Vaccination North-Western Provinces 1866-1877 - 1866-1877
Year: 1866
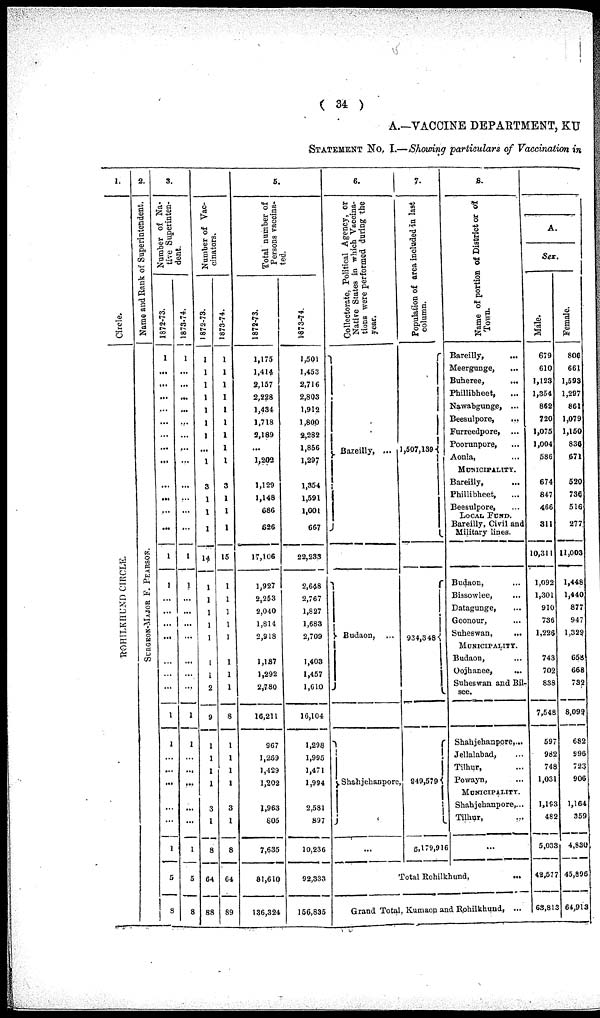
( 34 )
A.—VACCINE DEPARTMENT, KU
STATEMENT No. I.—Showing particulars of Vaccination in
1.
Circle.
ROHILKHUND CIRCLE.
2.
Name and Rank of Superintendent.
SURGEON-MAJOR F. P EARS ON.
8.
Number of Na-
tive Superinten-
dent.
1872-73.
1
...
...
...
...
...
...
...
...
...
...
...
...
1
1
...
...
...
...
...
...
...
1
1
...
...
...
...
...
1
5
8
1873-74.
1
...
...
...
...
...
...
...
...
...
...
...
...
1
1
...
...
...
...
...
...
...
1
1
...
...
...
...
...
1
5
8
Number of Vac-
cinators.
1872-73.
1
1
1
1
1
1
1
...
1
3
1
1
1
14
1
1
1
1
1
1
1
2
9
1
1
1
1
3
1
8
64
88
1873-74.
1
1
1
1
1
1
1
1
1
3
1
1
1
15
1
1
1
1
1
1
1
1
8
1
1
1
1
3
1
8
64
89
5.
Total number of
Persons vaccina-
ted.
1872-73.
1,175
1,414
2,157
2,228
1,434
1,718
2,189
...
1,202
1,129
1,148
686
626
17,106
1,927
2,253
2,040
1,814
2,918
1,187
1,292
2,780
16,211
967
1,269
1,429
1,202
1,963
805
7,635
81,610
136,324
1873-74.
1,501
1,453
2,716
2,803
1,912
1,800
2,282
1,856
1,297
1,354
1,591
1,001
667
22,233
2,648
2,767
1,827
1,683
2,709
1,403
1,457
1,610
16,104
1,298
1,995
1,471
1,994
2,581
897
10,236
92,333
156,835
6.
Collectorate, Political Agency, or
Native States in which Vaccina-
tions were performed during the
year.
Bareilly, ...
Budaon, ...
Shahjehanpore.
...
7.
Population of area included in last
column.
1,507,139
934,348
949,579
6,179,916
8.
Name of portion of District or of
Town.
Bareilly, ...
Meergunge, ...
Buheree, ...
Phillibheet , ...
Nawabgunge, ...
Beesulpore,
...
Furreedpore, ...
Poorunpore, ...
Aonla, ...
Municipality.
Bareilly, ...
Phillibheet, ...
Beesulpore, ...
LOCAL FUND.
Bareilly, Civil and
Military lines.
Budaon, ...
Bissowlee, ...
Datagunge, ...
Goonour, ...
Suheswan, ...
Municipality.
Budaon, ...
Oojhanee,
...
Suheswan and Bil-
see.
Shahjehanpore,...
Jellalabad, ...
Tilhur, ...
Powayn, ...
Municipality.
Shahjehanpore,...
Tilhur, ...
...
Total Rohilkhund, ...
Grand Total, Kumaon and Rohilkhund, ...
A.
Sex.
Male.
679
610
1,123
1,354
862
720
1,075
1,004
586
674
847
466
311
10,311
1,092
1,301
910
736
1,226
743
702
838
7,548
597
982
748
1,031
1,193
482
5,033
42,577
63,813
Female.
806
661
1,593
1,297
861
1,079
1,150
836
671
520
736
516
277
11,003
1,448
1,440
877
947
1,329
658
668
732
8,099,
682
996
723
906
1,164
359
4,830
45,896
64,913